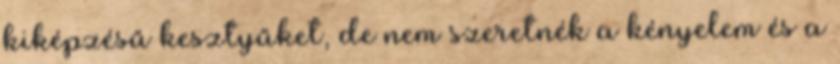
kiképzésű kesztyűket, de nem szeretnék a kényelem és a